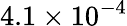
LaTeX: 4.1\times 10^{-4}